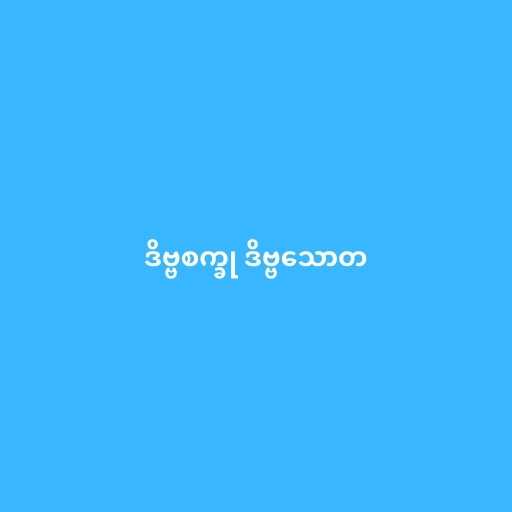
ဒိဗ္ဗစက္ခု ဒိဗ္ဗသောတ